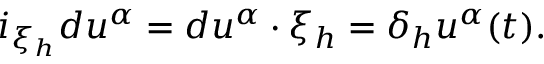
i _ { \xi _ { h } } d u ^ { \alpha } = d u ^ { \alpha } \cdot \xi _ { h } = \delta _ { h } u ^ { \alpha } ( t ) .